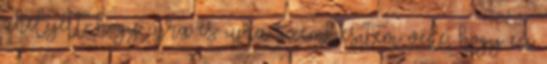
ahelyett, hogy újra és újra szembesítem vele, hogy ez